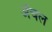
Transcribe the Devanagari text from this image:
अँचल